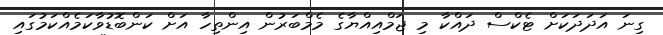
ގިނަ އަދަދަކަށް ޓެކްސް ދައްކާ މި ޖަމްއިއްޔާގެ މެމްބަރުން އިންތިހާ އަށް ކަންބޮޑުވާކަމެއްކަމުގައި